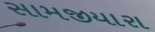
સામજીયારા